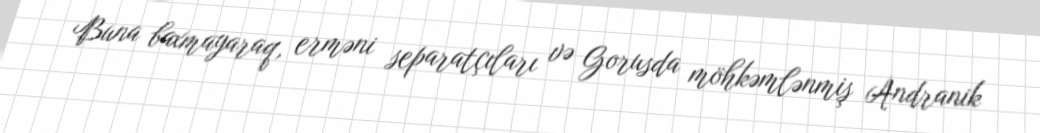
Buna baxmayaraq, erməni separatçıları və Gorusda möhkəmlənmiş Andranik